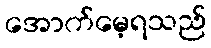
အောက်မေ့ရသည်